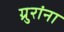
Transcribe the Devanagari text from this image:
ग्रुरांना